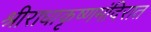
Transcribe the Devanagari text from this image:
श्रीराधाकृष्णमंदिरात